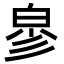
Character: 㣎